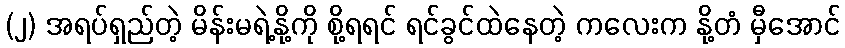
(၂) အရပ်ရှည်တဲ့ မိန်းမရဲ့နို့ကို စို့ရရင် ရင်ခွင်ထဲနေတဲ့ ကလေးက နို့တံ မှီအောင်